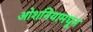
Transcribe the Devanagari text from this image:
ओशनियामधून